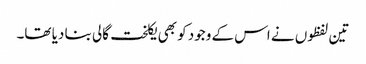
تین لفظوں نے اس کے وجود کو بھی یکلخت گالی بنا دیا تھا۔